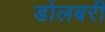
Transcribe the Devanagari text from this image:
डोलबरी